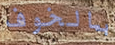
بالخوف